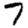
Digit: 7